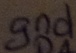
Text: gnd